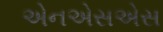
એનએસએસ